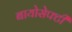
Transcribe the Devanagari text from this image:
बायोसेफ्टी